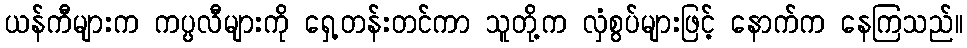
ယန်ကီများက ကပ္ပလီများကို ရှေ့တန်းတင်ကာ သူတို့က လှံစွပ်များဖြင့် နောက်က နေကြသည်။